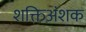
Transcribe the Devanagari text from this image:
शक्तिअंशक